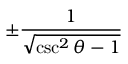
\pm { \frac { 1 } { \sqrt { \csc ^ { 2 } \theta - 1 } } }